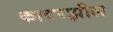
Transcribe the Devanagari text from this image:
कावरझील